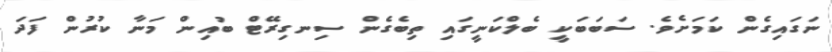
ނަގައިގެން ކަމަށެވެ. ސަބަބަކީ ބެލްކަނީގައި ތިބެގެން ސިނގިރޭޓް ބުއިން މަނާ ކުރުން ފަދަ